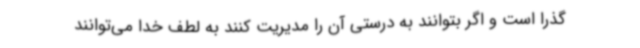
گذرا است و اگر بتوانند به درستی آن را مدیریت کنند به لطف خدا می‌توانند